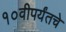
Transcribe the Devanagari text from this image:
१०वीपर्यंतचे